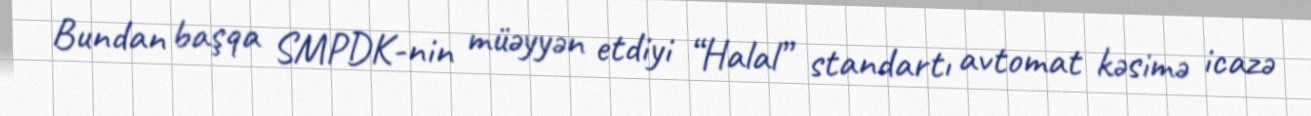
Bundan başqa SMPDK-nin müəyyən etdiyi “Halal” standartı avtomat kəsimə icazə